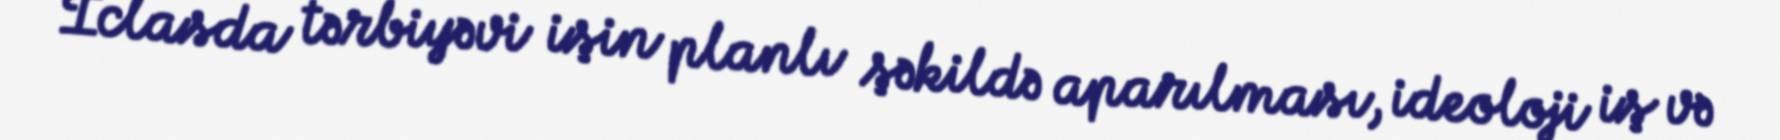
İclasda tərbiyəvi işin planlı şəkildə aparılması, ideoloji iş və